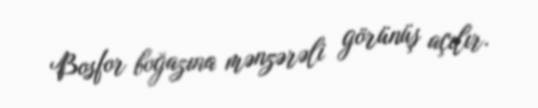
Bosfor boğazına mənzərəli görünüş açılır.